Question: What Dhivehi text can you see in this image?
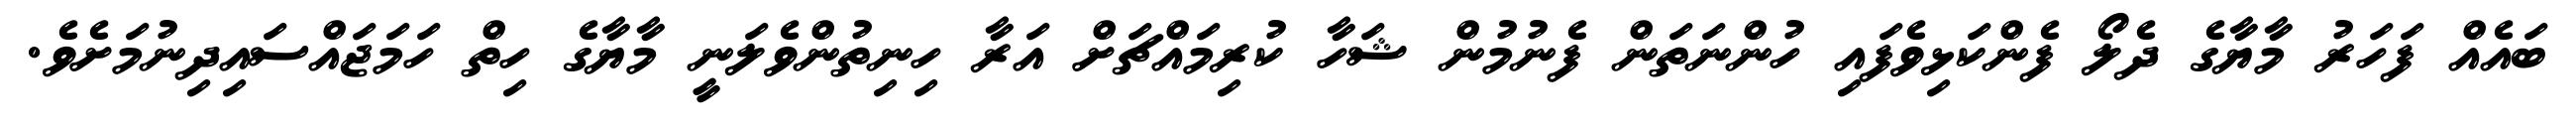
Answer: ބައެއް ފަހަރު މާޔާގެ ދެލޯ ފެންކަޅިވެފައި ހުންނަތަން ފެނުމުން ޝަހާ ކުރިމައްޗަށް އަރާ ހިނިތުންވެލަނީ މާޔާގެ ހިތް ހަމަޖައްސައިދިނުމަށެވެ.